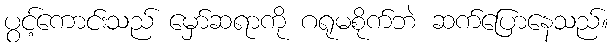
ပွင့်ကောင်းသည် မှော်ဆရာကို ဂရုမစိုက်ဘဲ ဆက်ပြောနေသည်။